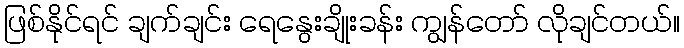
ဖြစ်နိုင်ရင် ချက်ချင်း ရေနွေးချိုးခန်း ကျွန်တော် လိုချင်တယ်။